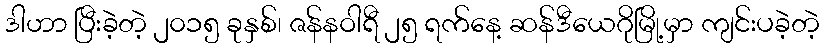
ဒါဟာ ပြီးခဲ့တဲ့ ၂၀၁၅ ခုနှစ်၊ ဇန်နဝါရီ ၂၅ ရက်နေ့ ဆန်ဒီယေဂိုမြို့မှာ ကျင်းပခဲ့တဲ့